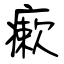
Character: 瘶